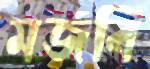
মজবি